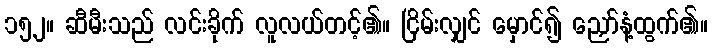
၁၅၂။ ဆီမီးသည် လင်းခိုက် လူလယ်တင့်၏။ ငြိမ်းလျှင် မှောင်၍ ညှော်နံ့ထွက်၏။